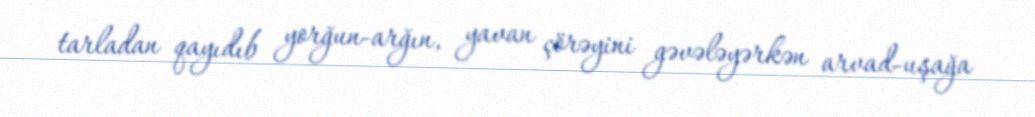
tarladan qayıdıb yorğun-arğın, yavan çörəyini gəvələyərkən arvad-uşağa